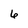
Character: 6